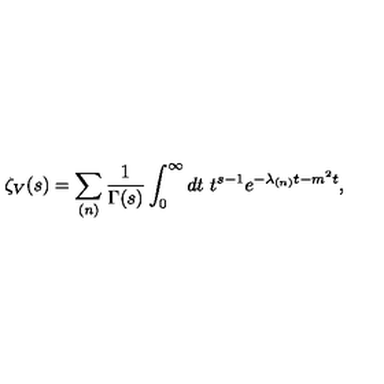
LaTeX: \zeta _ { V } ( s ) = \sum _ { ( n ) } \frac { 1 } { \Gamma ( s ) } \int _ { 0 } ^ { \infty } d t \ t ^ { s - 1 } e ^ { - \lambda _ { ( n ) } t - m ^ { 2 } t } ,